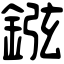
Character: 𨧻